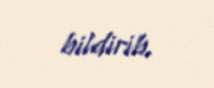
bildirib.